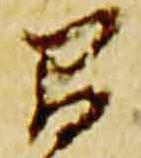
間